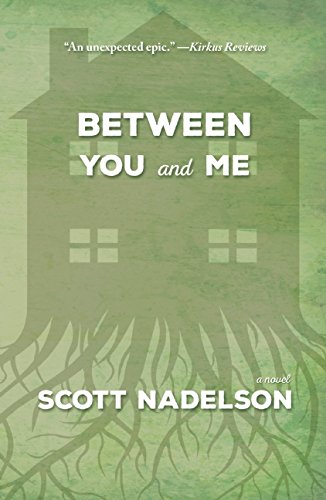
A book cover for Between You and Me; Scott Nadelson; Parenting & Relationships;